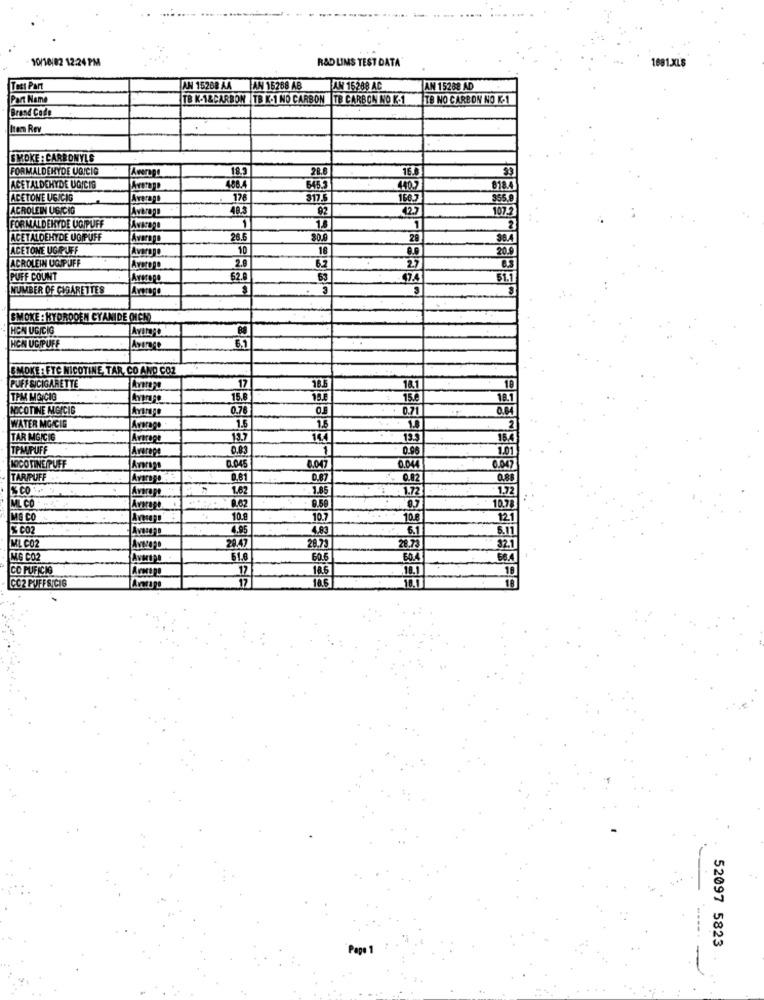
10/10/02 12:24 PM
R&D LINS TEST DATA'
1891.XLS
Test Part
AN 15268 AA AN 15288 AB
AN 16288 AC
AN 15268 AD
Part Name
TB K-1&CARBON TB K.1 NO CARBON TB CARBON NO K.1
TB NO CARBON NO K.1
Brand Code
Iten Rev
SMOKE : CARBONYLS
FORMALDEHYDE UGICIG
Average
18.
28.8
16.8
ACETALDEHYDE UGICIG
488.4
645.3
440.7
ACETONE UGICIG
Average
178
317.
ACROLEIN UGICIG
Average
48.3
92
1075
FORMALDEHYDE UGIPUFF
1
AvarBOL
1
ACETALDEHYDE UGIFUFF
Avaraga
26.
10.0
28
ACETONE UGIPUFF
Average
10
18
20
ACROLEIN UCIPUFF
AverORD
2.8
6.2
2.7
PUFF COUNT
Averega
62.
47.4
51.1
NUMBER OF CIGARETTES
Average
SMOKE : KYOROOEN CYANIDE OICH)
HON UGICIG
. .
HCN UC PUFF
6.1
SMOKE : FTC NICOTINE, TAR, CO AND CO2
PUFF SICIGARETTE
Average
17
14.1
18
TPM MGICIG
18.8
15.6
18.1
NICOTINE MGICIG
0.76
+ 0.71
WATER MG/CIE
Average
1.6
1.5
1.8
TAR MG/CIG
Average
13.7
14.4
13.5
TPM/PUFF
Average
0.83
1
0.96
1.01
0.04
NICO TINE PUFF
0.045
8.047
0.047
TARIPUFF
Average :
0,81
0.87
0.82
1.62
1.85
1.72
1.7
ML CO
Average
1.62
M& CO
10.8
10.7
10.8
12.1
% CO2
4.95
4.8
6.1
6.11
29.47
28.79
28.73
ML C02
32.1
M.G CO2
51.6
60.5
60.4
CO PUFICIE
17
12.5
18
CO2 PUFFS/CIG
Average
17
18.6
10.1
18
52097 5823
Page 1